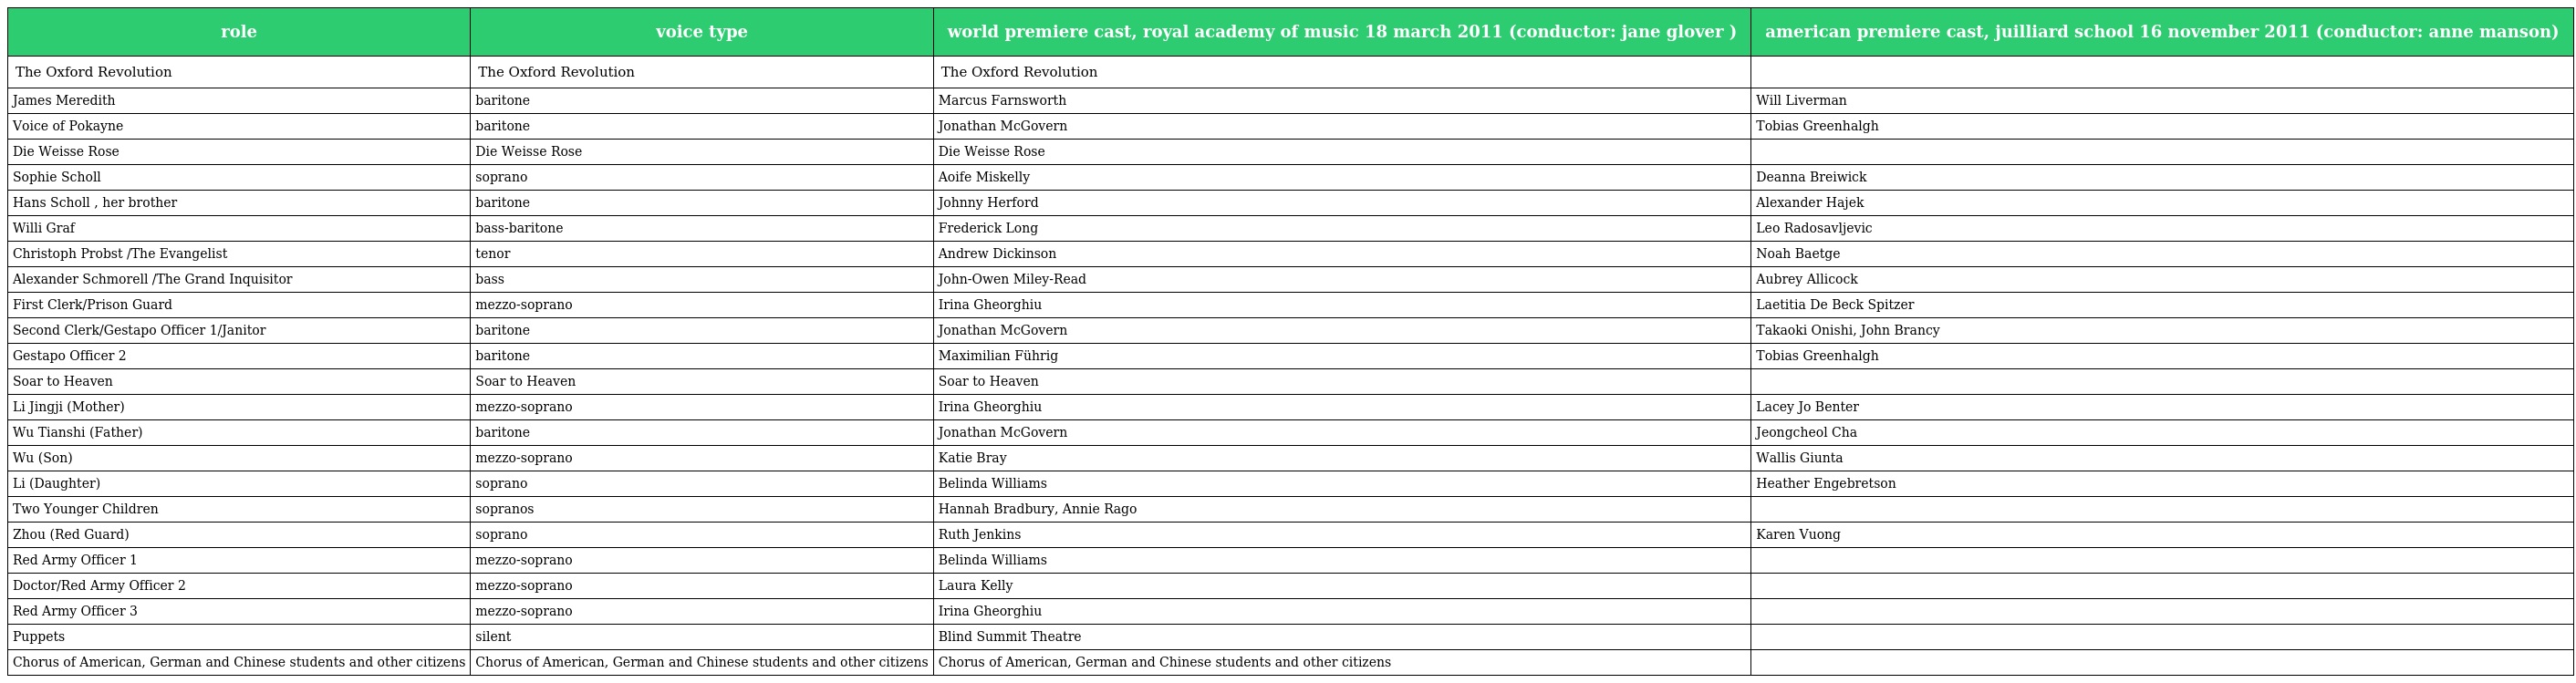
| role | voice type | world premiere cast, royal academy of music 18 march 2011 (conductor: jane glover ) | american premiere cast, juilliard school 16 november 2011 (conductor: anne manson) |
 | --- | --- | --- | --- |
 | The Oxford Revolution | The Oxford Revolution | The Oxford Revolution |  |
 | James Meredith | baritone | Marcus Farnsworth | Will Liverman |
 | Voice of Pokayne | baritone | Jonathan McGovern | Tobias Greenhalgh |
 | Die Weisse Rose | Die Weisse Rose | Die Weisse Rose |  |
 | Sophie Scholl | soprano | Aoife Miskelly | Deanna Breiwick |
 | Hans Scholl , her brother | baritone | Johnny Herford | Alexander Hajek |
 | Willi Graf | bass-baritone | Frederick Long | Leo Radosavljevic |
 | Christoph Probst /The Evangelist | tenor | Andrew Dickinson | Noah Baetge |
 | Alexander Schmorell /The Grand Inquisitor | bass | John-Owen Miley-Read | Aubrey Allicock |
 | First Clerk/Prison Guard | mezzo-soprano | Irina Gheorghiu | Laetitia De Beck Spitzer |
 | Second Clerk/Gestapo Officer 1/Janitor | baritone | Jonathan McGovern | Takaoki Onishi, John Brancy |
 | Gestapo Officer 2 | baritone | Maximilian Führig | Tobias Greenhalgh |
 | Soar to Heaven | Soar to Heaven | Soar to Heaven |  |
 | Li Jingji (Mother) | mezzo-soprano | Irina Gheorghiu | Lacey Jo Benter |
 | Wu Tianshi (Father) | baritone | Jonathan McGovern | Jeongcheol Cha |
 | Wu (Son) | mezzo-soprano | Katie Bray | Wallis Giunta |
 | Li (Daughter) | soprano | Belinda Williams | Heather Engebretson |
 | Two Younger Children | sopranos | Hannah Bradbury, Annie Rago |  |
 | Zhou (Red Guard) | soprano | Ruth Jenkins | Karen Vuong |
 | Red Army Officer 1 | mezzo-soprano | Belinda Williams |  |
 | Doctor/Red Army Officer 2 | mezzo-soprano | Laura Kelly |  |
 | Red Army Officer 3 | mezzo-soprano | Irina Gheorghiu |  |
 | Puppets | silent | Blind Summit Theatre |  |
 | Chorus of American, German and Chinese students and other citizens | Chorus of American, German and Chinese students and other citizens | Chorus of American, German and Chinese students and other citizens |  |